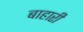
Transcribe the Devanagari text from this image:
बाहारी